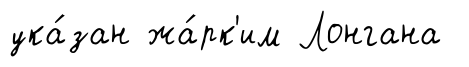
ука́зан жа́рк'им Лонгана